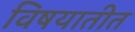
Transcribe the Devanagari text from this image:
विषयातीत